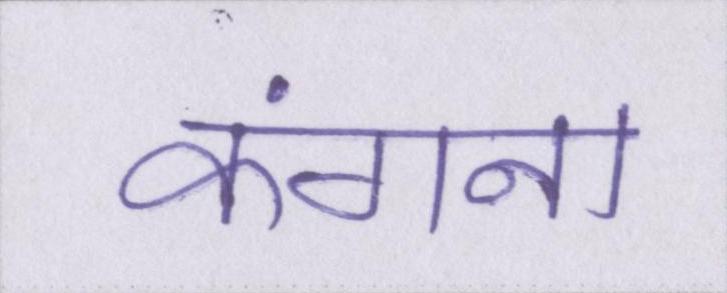
कंगना